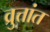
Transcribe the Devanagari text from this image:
व्रुत्तांत